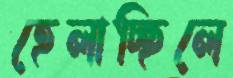
হেলাচ্ছিলে